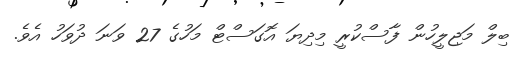
ބިލް މަޖިލީހުން ފާސްކުރީ މިދިޔަ އޮގަސްޓް މަހުގެ 27 ވަނަ ދުވަހު އެވެ.